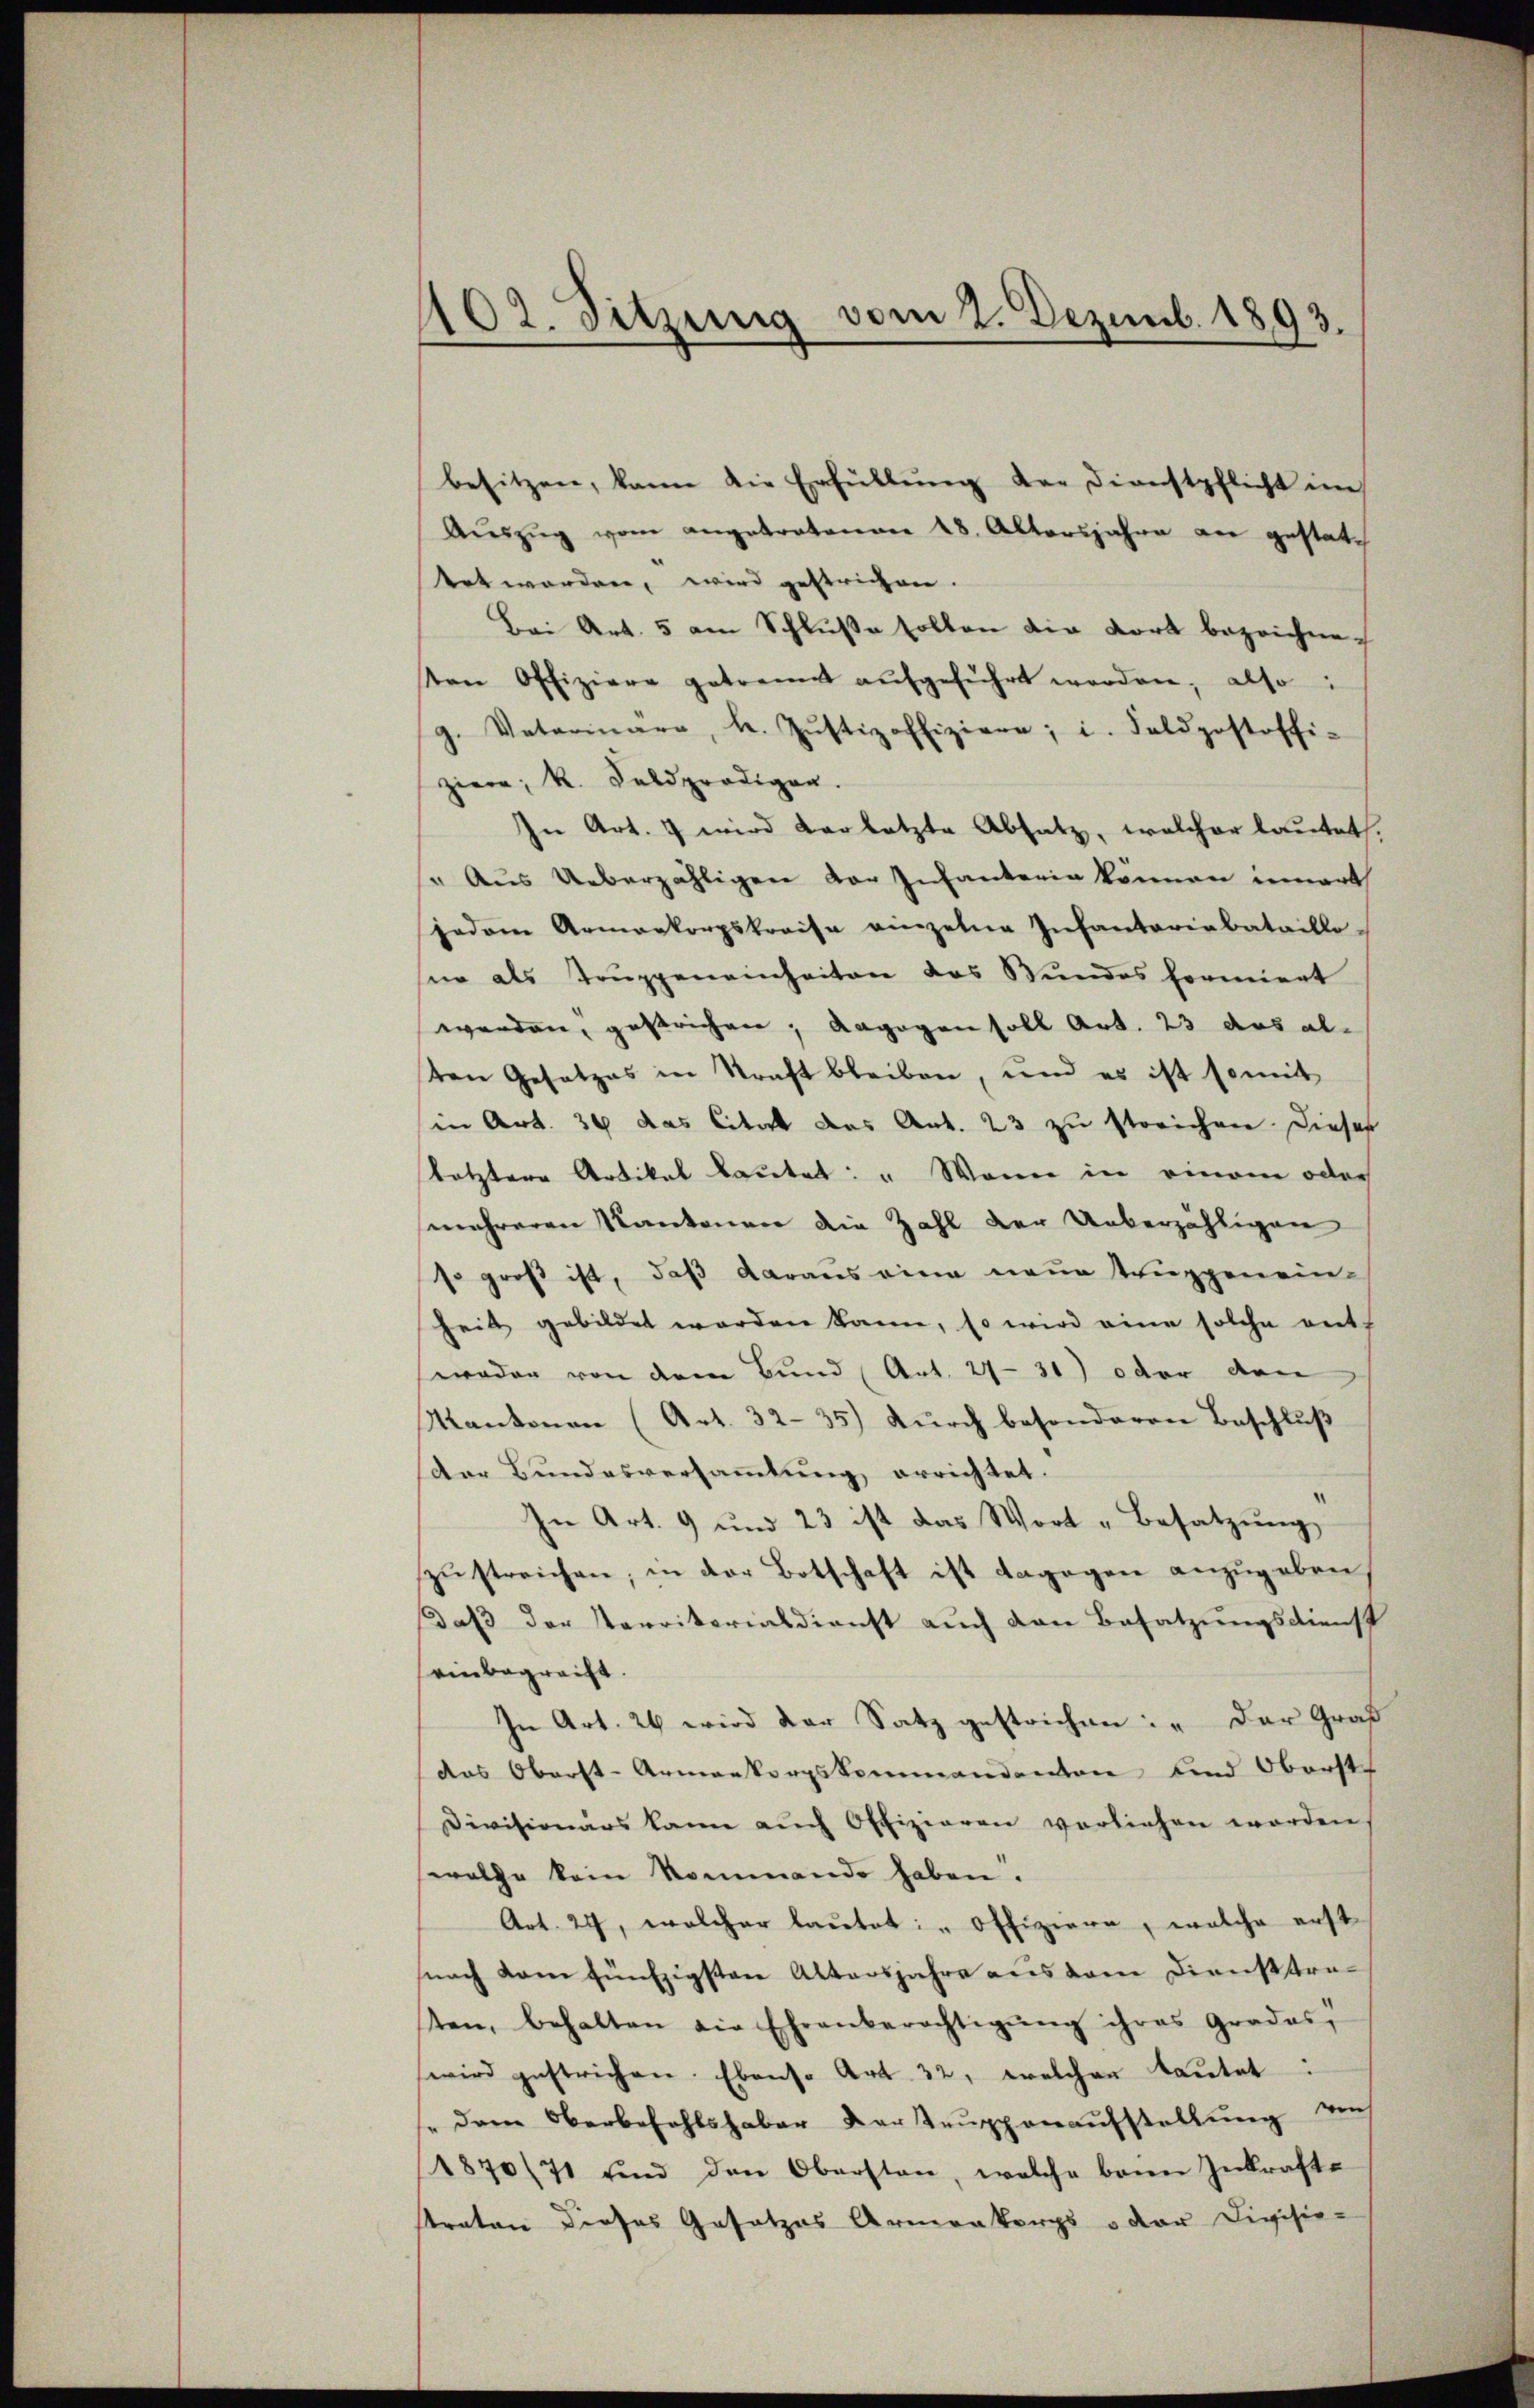
102. Sitzung vom 2. Dezemb. 1893.

besitzen, kann die Erfüllŭng der Dienstpflicht im
Aŭszŭg vom angetratonen 28. Altersjahre der gestattet worden, wird gestrichen.
Bei Art. 5 am Schluße sollen die dort bezeichne
ten Offiziere getrennt aŭfgeführt werden, also:
g. Vaterinare, k. Jŭstiz offiziere; i. Feldpostoffi-
ziere; R. Feldpredigen.
In Art. 7 wird vorletzte Absatz, welcher lautet.
 Aus Ueberzähligen der Infanterin können innert
jedem Armenkorpskreise einzelne Infantariabataillo,
für als Trŭppeneinheiten das Bundes formiert
werden, gestrichen; dagegen soll Art. 23 das alvon Gesetzes in Kraft bleiben, und es ist somitt
in Art. 36 das Citat das Art. 23 zu störichen. Dieser
letztere Artikel lautet: " Wenn in einem oder
mehreren Kantonen die Zahl der Ueberzähligen
so groß ist, daß daraus eine neue Truppen ein-
heit gebildet worden kann, so wird eine solche entwoden von dem Bund Art. 27 - 31) oder den
Kantonen (Art. 32-35) durch besonderen Beschluß
der Bundesversammlung errichtet.
In Art. 9 und 23 ist das Wort „Besatzŭng
zŭstreichen, in der Botschaft ist dagegen anzugeben
Daß der Territorialdienst auch den Besatzungsdienst
einbegreift
In Art. 26 wird der Satz gestrichen: „Der Graf
das Oberst-Armenkorpskommandanton und Oberst
Divisionärs kann aŭch Offizieren vorliehen worden,
wolche kein kommende haben.
Art. 27, welcher lautet: " Offiziere, welche erst
snach kam fünfzigsten Altersjahre aus dem Dienstrasten, behalten die Ehrenberechtigŭng ihres Grades,
wird gestrichen. Ebenso Art. 32, welchen lautet:
" dem Oberbefehlshaber der Teuppenaufstellung aus
1870/71 und den Obersten, welche beim Inkrafte
traten dieses Gesetzes Armenkorps v der Civisie-